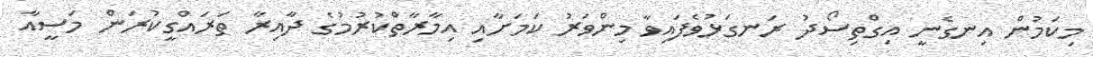
މިކަމުން އިނގެނީ އިގްތިސޯދު ރަނގަޅުވެފައިވާ މިންވަރު ކަމަށާއި އިމާރާތްކުރުމުގެ ދާއިރާ ތަރައްގީކުރަން މަސީއާ